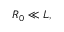
R _ { 0 } \ll L ,